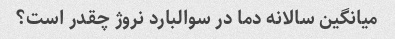
میانگین سالانه دما در سوالبارد نروژ چقدر است؟